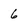
Character: 6